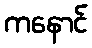
ကနောင်